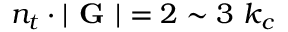
n _ { t } \cdot | \textbf { G } | = 2 \sim 3 ~ k _ { c }